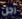
رجل